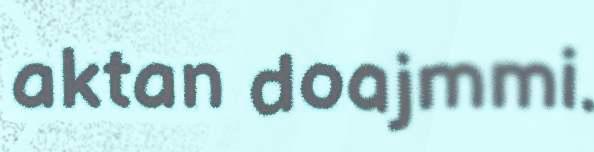
aktan doajmmi.